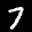
Label: 7